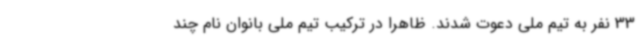
33 نفر به تیم ملی دعوت شدند. ظاهرا در ترکیب تیم ملی بانوان نام چند